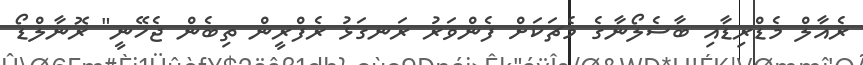
ރެއާލް މެޑްރިޑާއި ބާސެލޯނާގެ މެޗަކަށް ފެންވަރު ރަނގަޅު ރެފްރީން ތިބެން ޖެހޭނީ" ރޮނާލްޑޯ